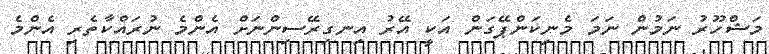
މަޝްހޫރު ނަމުން ނަމަ މެނިކަންޕޭގަން އަކީ އޭރު އިނގިރޭސިންނަށް އެންމެ ނުރައްކާތެރި އެންމެ